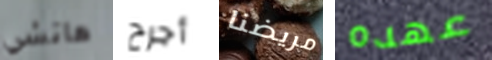
هاتشي أجرح مريضنا عهده